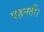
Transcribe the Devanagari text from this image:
पहनतीं।